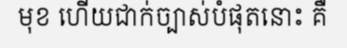
មុខ ហើយជាក់ច្បាស់បំផុតនោះ គឺ